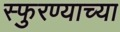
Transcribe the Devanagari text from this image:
स्फुरण्याच्या